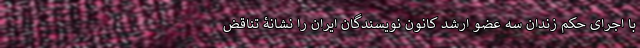
با اجرای حکم زندان سه عضو ارشد کانون نویسندگان ایران را نشانۀ تناقض